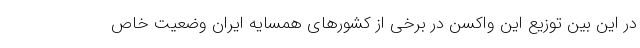
در این بین توزیع این واکسن در برخی از کشورهای همسایه ایران وضعیت خاص